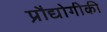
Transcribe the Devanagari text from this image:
प्रौद्योगीकी